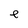
Character: e